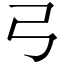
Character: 弓